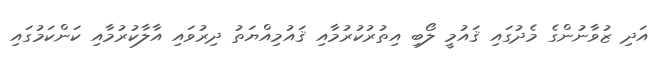
އަދި ޒުވާނުންގެ މެދުގައި ޤައުމީ ލޯބި އިތުރުކުރުމާއި ޤައުމިއްޔަތު ދިރުވައި އާލާކުރުމާއި ކަންކަމުގައި